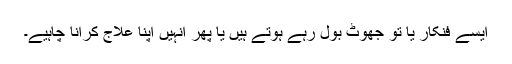
ایسے فنکار یا تو جھوٹ بول رہے ہوتے ہیں یا پھر انہیں اپنا علاج کرانا چاہیے۔